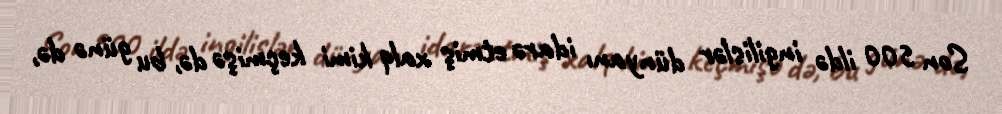
Son 500 ildə ingilislər dünyanı idarə etmiş xalq kimi keçmişə də, bu günə də,